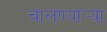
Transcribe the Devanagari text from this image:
चालण्यार्‍या